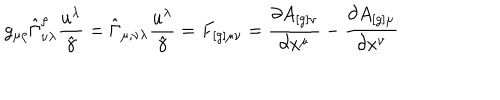
LaTeX: g _ { \mu \rho } \hat { \Gamma } _ { \nu \lambda } ^ { \rho } \frac { u ^ { \lambda } } { \hat { \gamma } } = \hat { \Gamma } _ { \mu , \nu \lambda } \frac { u ^ { \lambda } } { \hat { \gamma } } = F _ { [ g ] \mu \nu } = \frac { \partial A _ { [ g ] \nu } } { \partial x ^ { \mu } } - \frac { \partial A _ { [ g ] \mu } } { \partial x ^ { \nu } }